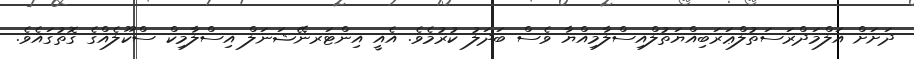
ދަށަށް އަލްމަދްރަސަތުލްޢަރަބިއްޔަތުލްއިސްލާމިއްޔާ ވެސް ބަދަލު ކުރުމެވެ. އެއީ އިންޓަރނޭޝަނަލް އިސްލާމިކް ސްކޫލެއްގެ ގޮތުގައެވެ.